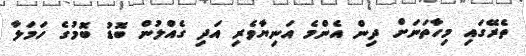
ތެރޭގައި މިހާތަނަށް ދިން އެންމެ އަނިޔާވެރި އަދި ގެއްލުން ބޮޑު ބޮމުގެ ހަމަލާ